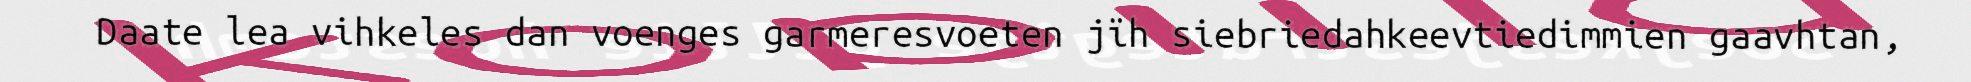
Daate lea vihkeles dan voenges garmeresvoeten jïh siebriedahkeevtiedimmien gaavhtan,